Medical and sanitary report of the native army of Bengal for the year
Year: 1874
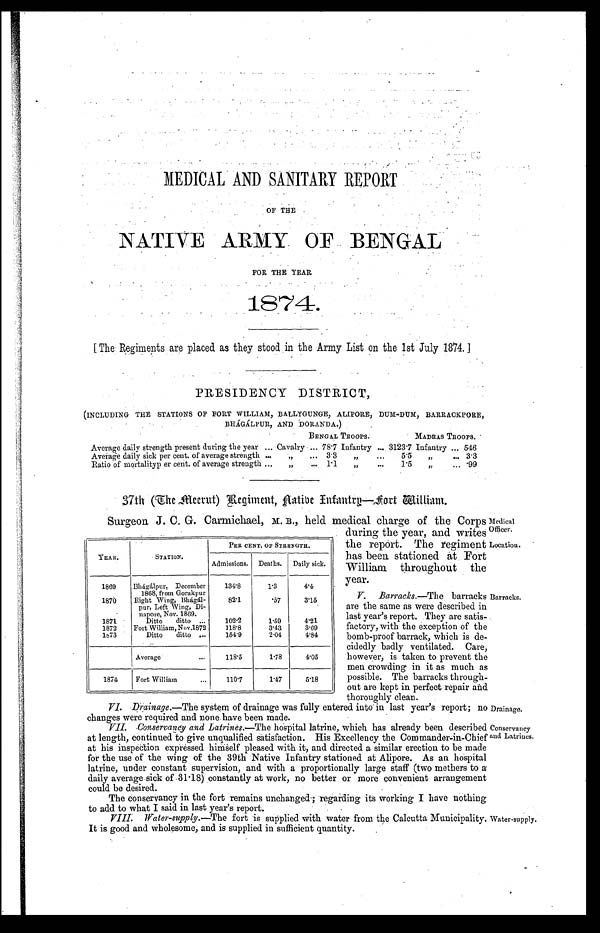
OF THE
NATIVE ARMY OF BENGAL
FOR THE YEAR
1874.
[The Regiments are placed as they stood in the Army List on the 1st July 1874.]
PRESIDENCY DISTRICT,
(INCLUDING THE STATIONS OF FORT WILLIAM, BALLYGUNGE, ALIPORE, DUM-DUM, BARRACKPORE,
BHÁGÁLPUR, AND DORANDA.)
BENGAL TROOPS.
MADRAS TROOPS.
Average daily strength present during the year . . . Cavalry . . . 78.7 Infantry . . . 3123.7 Infantry . . . 546
Average daily sick per cent. of average strength . . .
" . . . 3.3 " . . .
5.5
" . . . 3.3
Ratio of mortality per cent. of average strength . . .
" . . . 1.1 " . . .
1.5
" . . . .99
37th (The meerut) Regiment, Aatibe Infantry—fort william.
Surgeon J. C. G. Carmichael, M. B., held medical charge of the Corps
during the year, and writes
the report. The regiment
has been stationed at Fort
William throughout the
year.
V. Barracks.—The barracks
are the same as were described in
last year's report. They are satis
-
factory, with the exception of the
bomb-proof barrack, which is de
-
cidedly badly ventilated. Care,
however, is taken to prevent the
men crowding in it as much as
possible. The barracks through
-
out are kept in perfect repair and
thoroughly clean.
YEAR.
STATION.
PER CENT. OF STRENGTH.
Admissions. Deaths.
Daily sick.
1869
Bhágálpur, December
1868, from Gorakpur
134.8
1.3
4.4
1870
Right Wing, Bhágál-
pur, Left Wing, Di-
napore, Nov. 1869.
82.1
. 5 7 3.15
1871
Ditto ditto . . .
102.2
1.59
4.21
1872
Fort William,Nov.1872
118.8
3.43
3.69
1873
Ditto ditto . . .
154.9
2.04
4.84
Average . . .
118.5
1.78
4.05
1874
Fort William . . .
110.7
1.47
5.18
Medical
Officer.
Location.
Barracks.
VI. Drainage.—The system of drainage was fully entered into in last year's report; no
changes were required and none have been made.
VII. Conservancy and Latrines. —The hospital latrine, which has already been described
at length, continued to give unqualified satisfaction. His Excellency the Commander-in-Chief
at his inspection expressed himself pleased with it, and directed a similar erection to be made
for the use of the wing of the 39th Native Infantry stationed at Alipore. As an hospital
latrine, under constant supervision, and with a proportionally large staff (two methers to a
daily average sick of 31.18) constantly at work, no better or more convenient arrangement
could be desired.
The conservancy in the fort remains unchanged; regarding its working I have nothing
to add to what I said in last year's report.
Drainage.
Conservancy
and Latrines.
VIII. Water-supply.—The fort is supplied with water from the Calcutta Municipality.
It is good and wholesome, and is supplied in sufficient quantity.
Water-supply.